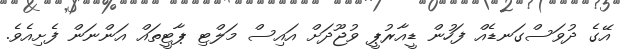
އޭގެ ދުވަސްގަނޑެއް ފަހުން ޑީއާރުޕީ ވުޖޫދަށް އައިސް މަލްޓި ޕާޓީތައް އަންނަން ފެށިއެވެ.